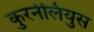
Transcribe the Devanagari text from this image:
कुरनेलियुस